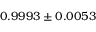
0 . 9 9 9 3 \pm 0 . 0 0 5 3